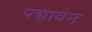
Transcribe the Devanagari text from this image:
पद्माबेन